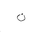
Letter: _non